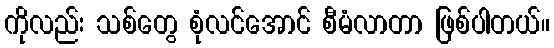
ကိုလည်း သစ်တွေ စုံလင်အောင် စီမံလာတာ ဖြစ်ပါတယ်။